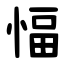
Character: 愊